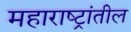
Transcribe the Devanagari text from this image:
महाराष्ट्रांतील